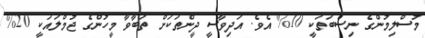
މުސްލިމުންގެ ނިސްބަތަކީ 10% އެވެ. އަދިވާސީ ދީންތަކަށް ތަބާވާ މީހުންގެ ޖުމްލައަކީ 20%